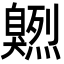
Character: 𦤭